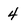
Character: 4